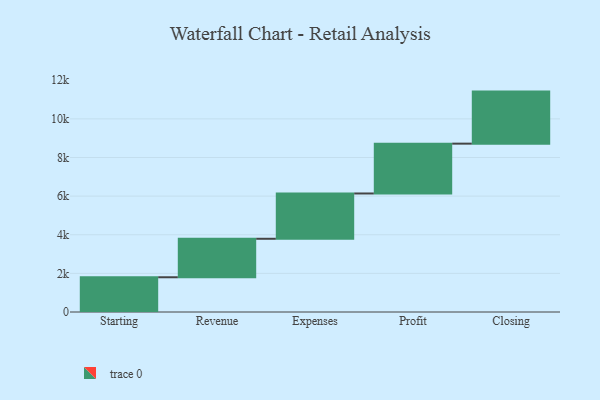
{"axis": {"x": "Step", "y": "Value"}, "legend": [""], "data": [{"x": "Starting", "y": 1799.0, "type": ""}, {"x": "Revenue", "y": 1993.0, "type": ""}, {"x": "Expenses", "y": 2345.0, "type": ""}, {"x": "Profit", "y": 2580.0, "type": ""}, {"x": "Closing", "y": 2695.0, "type": ""}]}